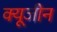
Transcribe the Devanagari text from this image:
क्यूजीन